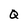
Character: Q